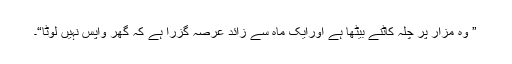
” وہ مزار پر چلّہ کاٹنے بیٹھا ہے اورایک ماہ سے زائد عرصہ گزرا ہے کہ گھر واپس نہیں لوٹا“۔